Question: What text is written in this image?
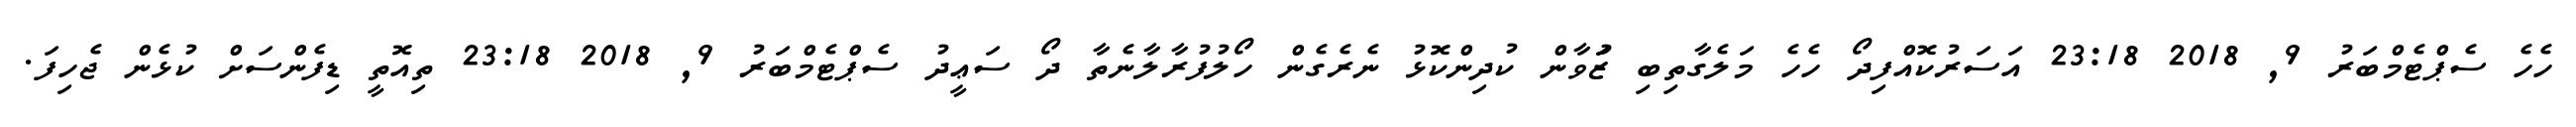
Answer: ހެހެ ސެޕްޓެމްބަރު 9, 2018 23:18 އަސަރުކޮއްފިދޯ ހެހެ މަލެގާތިބި ޒުަަވާން ކުދިންކޮޅު ނެރެގެން ހޯލުފުރާލާނެތާ ދޯ ސަޢީދު ސެޕްޓެމްބަރު 9, 2018 23:18 ތިއޮތީ ޑިފެންސަށް ކުޅެން ޖެހިފަ.